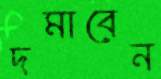
দমাবেন